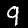
Digit: 9